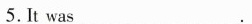
5.It was __.